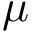
\mu